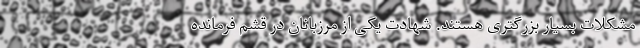
مشکلات بسیار بزرگتری هستند. شهادت یکی از مرزبانان در قشم فرمانده